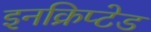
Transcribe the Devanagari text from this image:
इनक्रिप्टेड